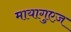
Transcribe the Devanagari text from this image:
मायागुएज़